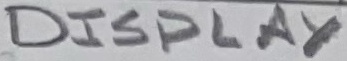
Text: DISPLAY